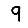
Digit: 9